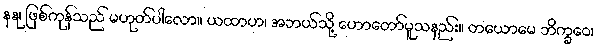
နနု၊ ဖြစ်ကုန်သည် မဟုတ်ပါလော။ ယထာဟ၊ အဘယ်သို့ ဟောတော်မူသနည်း။ တယောမေ ဘိက္ခဝေ၊